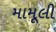
મામૂલી